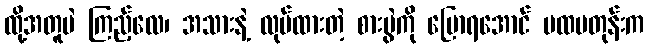
ထို့အတူပဲ ကြည့်လေ၊ အသားနဲ့ လုပ်ထားတဲ့ စားပွဲကို ပြောရအောင် ပထမတုန်းက